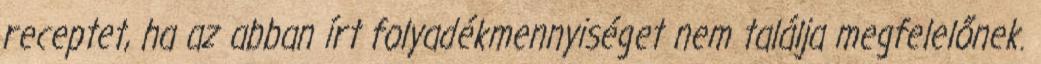
receptet, ha az abban írt folyadékmennyiséget nem találja megfelelőnek.